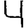
Digit: 4